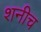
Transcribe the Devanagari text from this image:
शनीच